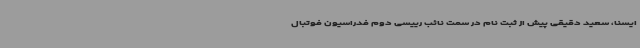
ایسنا، سعید دقیقی پیش از ثبت نام در سمت نائب رییسی دوم فدراسیون فوتبال